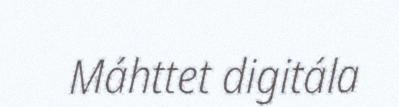
Máhttet digitála